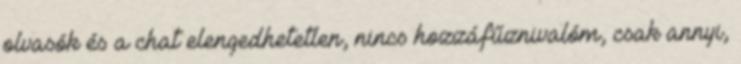
olvasók és a chat elengedhetetlen, nincs hozzáfűznivalóm, csak annyi,